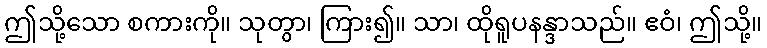
ဤသို့သော စကားကို။ သုတွာ၊ ကြား၍။ သာ၊ ထိုရူပနန္ဒာသည်။ ဧဝံ၊ ဤသို့။